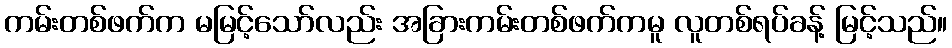
ကမ်းတစ်ဖက်က မမြင့်သော်လည်း အခြားကမ်းတစ်ဖက်ကမူ လူတစ်ရပ်ခန့် မြင့်သည်။